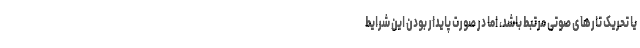
یا تحریک تارهای صوتی مرتبط باشد، اما در صورت پایدار بودن این شرایط